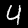
Digit: 4